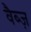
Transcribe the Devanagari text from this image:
वैब्ज़